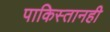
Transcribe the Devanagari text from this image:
पाकिस्तानही